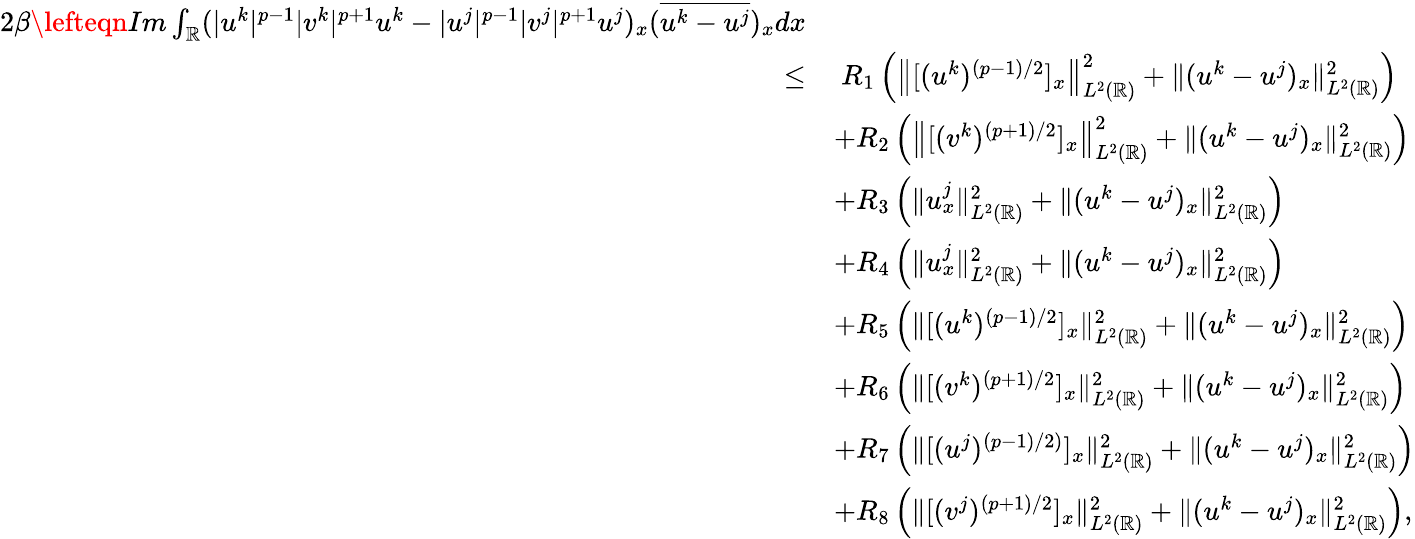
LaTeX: \begin{array}{rl}{2\beta\lefteqn{Im\int_{\mathbb{R}}(|u^{k}|^{p-1}|v^{k}|^{p+1}u^{k}-|u^{j}|^{p-1}|v^{j}|^{p+1}u^{j})_{x}(\overline{{u^{k}-u^{j}}})_{x}dx}}\\ {\leq}&{\ R_{1}\left(\left\| [(u^{k})^{(p-1)/2}]_{x}\right\| _{L^{2}(\mathbb{R})}^{2}+\| (u^{k}-u^{j})_{x}\| _{L^{2}(\mathbb{R})}^{2}\right)}\\ &{+R_{2}\left(\left\| [(v^{k})^{(p+1)/2}]_{x}\right\| _{L^{2}(\mathbb{R})}^{2}+\| (u^{k}-u^{j})_{x}\| _{L^{2}(\mathbb{R})}^{2}\right)}\\ &{+R_{3}\left(\| u_{x}^{j}\| _{L^{2}(\mathbb{R})}^{2}+\| (u^{k}-u^{j})_{x}\| _{L^{2}(\mathbb{R})}^{2}\right)}\\ &{+R_{4}\left(\| u_{x}^{j}\| _{L^{2}(\mathbb{R})}^{2}+\| (u^{k}-u^{j})_{x}\| _{L^{2}(\mathbb{R})}^{2}\right)}\\ &{+R_{5}\left(\| [(u^{k})^{(p-1)/2}]_{x}\| _{L^{2}(\mathbb{R})}^{2}+\| (u^{k}-u^{j})_{x}\| _{L^{2}(\mathbb{R})}^{2}\right)}\\ &{+R_{6}\left(\| [(v^{k})^{(p+1)/2}]_{x}\| _{L^{2}(\mathbb{R})}^{2}+\| (u^{k}-u^{j})_{x}\| _{L^{2}(\mathbb{R})}^{2}\right)}\\ &{+R_{7}\left(\| [(u^{j})^{(p-1)/2)}]_{x}\| _{L^{2}(\mathbb{R})}^{2}+\| (u^{k}-u^{j})_{x}\| _{L^{2}(\mathbb{R})}^{2}\right)}\\ &{+R_{8}\left(\| [(v^{j})^{(p+1)/2}]_{x}\| _{L^{2}(\mathbb{R})}^{2}+\| (u^{k}-u^{j})_{x}\| _{L^{2}(\mathbb{R})}^{2}\right),}\end{array}